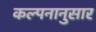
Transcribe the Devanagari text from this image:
कल्पनानुसार